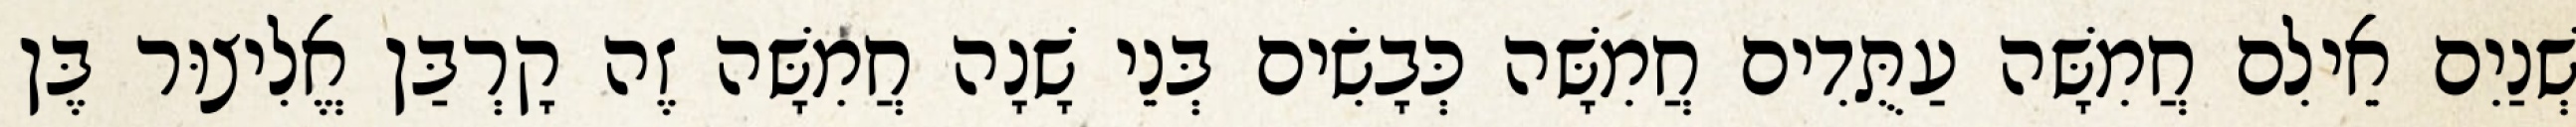
שְׁנַיִם אֵילִם חֲמִשָּׁה עַתֻּדִים חֲמִשָּׁה כְּבָשִׂים בְּנֵי שָׁנָה חֲמִשָּׁה זֶה קָרְבַּן אֱלִיצוּר בֶּן